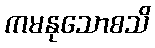
ကမနုသောစသိ